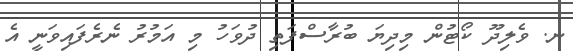
ނ. ވެލިދޫ ކޯޓުން މިދިޔަ ބުރާސްފަތި ދުވަހު މި އަމުރު ނެރެފައިވަނީ އެ